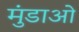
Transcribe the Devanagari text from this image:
मुंडाओं